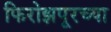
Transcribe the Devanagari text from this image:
फिरोझपूरच्या